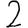
Digit: 2